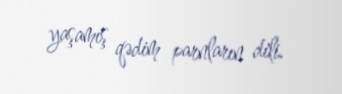
yaşamış qədim parnların dili.